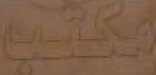
مكتب